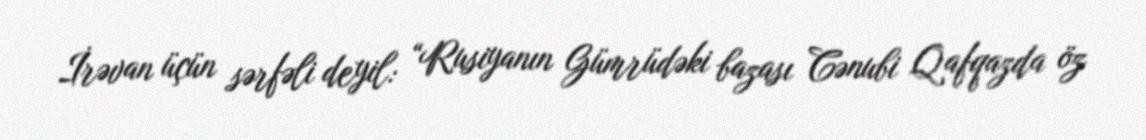
İrəvan üçün sərfəli deyil: “Rusiyanın Gümrüdəki bazası Cənubi Qafqazda öz